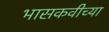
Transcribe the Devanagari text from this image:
भासकवीच्या